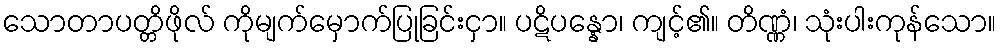
သောတာပတ္တိဖိုလ် ကိုမျက်မှောက်ပြုခြင်းငှာ။ ပဋိပန္နော၊ ကျင့်၏။ တိဏ္ဏံ၊ သုံးပါးကုန်သော။